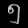
Digit: ၅